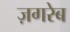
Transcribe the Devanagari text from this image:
ज़गरेब